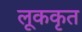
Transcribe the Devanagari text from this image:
लूककृत